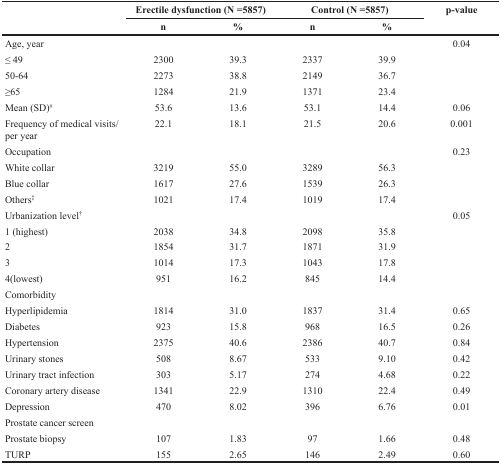
<table><thead><tr><td rowspan="2"></td><td colspan="2"><b>Erectile dysfunction (N =5857)</b></td><td colspan="2"><b>Control (N =5857)</b></td><td rowspan="2"><b>p-value</b></td></tr><tr><td><b>n</b></td><td><b>%</b></td><td><b>n</b></td><td><b>%</b></td></tr></thead><tbody><tr><td>Age, year</td><td></td><td></td><td></td><td></td><td>0.04</td></tr><tr><td>≤ 49</td><td>2300</td><td>39.3</td><td>2337</td><td>39.9</td><td></td></tr><tr><td>50-64</td><td>2273</td><td>38.8</td><td>2149</td><td>36.7</td><td></td></tr><tr><td>≥65</td><td>1284</td><td>21.9</td><td>1371</td><td>23.4</td><td></td></tr><tr><td>Mean (SD)<sup>#</sup></td><td>53.6</td><td>13.6</td><td>53.1</td><td>14.4</td><td>0.06</td></tr><tr><td>Frequency of medical visits/per year</td><td>22.1</td><td>18.1</td><td>21.5</td><td>20.6</td><td>0.001</td></tr><tr><td>Occupation</td><td></td><td></td><td></td><td></td><td>0.23</td></tr><tr><td>White collar</td><td>3219</td><td>55.0</td><td>3289</td><td>56.3</td><td></td></tr><tr><td>Blue collar</td><td>1617</td><td>27.6</td><td>1539</td><td>26.3</td><td></td></tr><tr><td>Others<sup>‡</sup></td><td>1021</td><td>17.4</td><td>1019</td><td>17.4</td><td></td></tr><tr><td>Urbanization level<sup>†</sup></td><td></td><td></td><td></td><td></td><td>0.05</td></tr><tr><td>1 (highest)</td><td>2038</td><td>34.8</td><td>2098</td><td>35.8</td><td></td></tr><tr><td>2</td><td>1854</td><td>31.7</td><td>1871</td><td>31.9</td><td></td></tr><tr><td>3</td><td>1014</td><td>17.3</td><td>1043</td><td>17.8</td><td></td></tr><tr><td>4(lowest)</td><td>951</td><td>16.2</td><td>845</td><td>14.4</td><td></td></tr><tr><td>Comorbidity</td><td></td><td></td><td></td><td></td><td></td></tr><tr><td>Hyperlipidemia</td><td>1814</td><td>31.0</td><td>1837</td><td>31.4</td><td>0.65</td></tr><tr><td>Diabetes</td><td>923</td><td>15.8</td><td>968</td><td>16.5</td><td>0.26</td></tr><tr><td>Hypertension</td><td>2375</td><td>40.6</td><td>2386</td><td>40.7</td><td>0.84</td></tr><tr><td>Urinary stones</td><td>508</td><td>8.67</td><td>533</td><td>9.10</td><td>0.42</td></tr><tr><td>Urinary tract infection</td><td>303</td><td>5.17</td><td>274</td><td>4.68</td><td>0.22</td></tr><tr><td>Coronary artery disease</td><td>1341</td><td>22.9</td><td>1310</td><td>22.4</td><td>0.49</td></tr><tr><td>Depression</td><td>470</td><td>8.02</td><td>396</td><td>6.76</td><td>0.01</td></tr><tr><td>Prostate cancer screen</td><td></td><td></td><td></td><td></td><td></td></tr><tr><td>Prostate biopsy</td><td>107</td><td>1.83</td><td>97</td><td>1.66</td><td>0.48</td></tr><tr><td>TURP</td><td>155</td><td>2.65</td><td>146</td><td>2.49</td><td>0.60</td></tr></tbody></table>